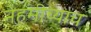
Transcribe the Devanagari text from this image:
नेहमीच्याच